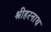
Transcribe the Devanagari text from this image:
श्रीहरनाथ